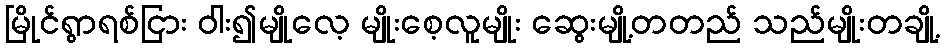
မြိုင်ရွာရစ်ငြား ဝါး၍မျိုလေ့ မျိုးစေ့လူမျိုး ဆွေးမျို့တတည် သည်မျိုးတချို့